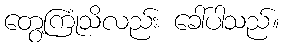
တွေ့ကြုံသိလည်း ခေါ်ပါသည်။